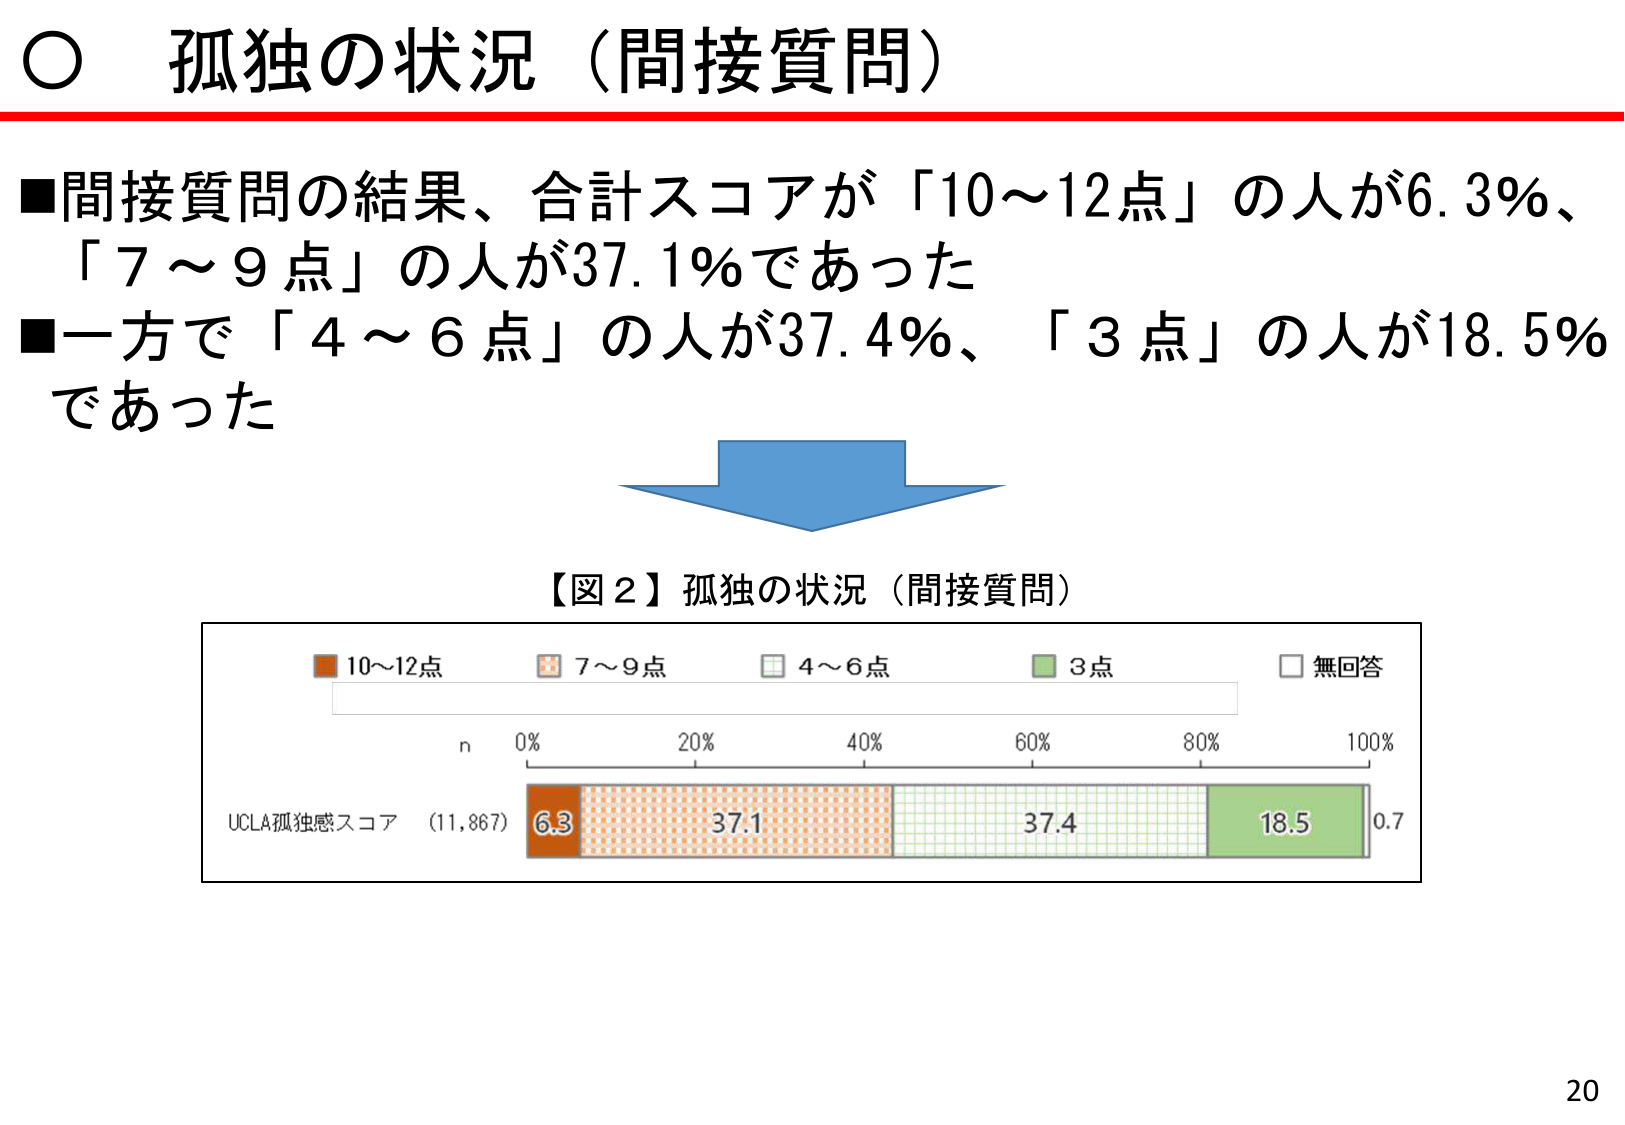
○ 孤独の状況（間接質問）

■間接質問の結果、合計スコアが「10～12点」の人が6.3％、「7～9点」の人が37.1％であった
■一方で「4～6点」の人が37.4％、「3点」の人が18.5％であった

【図2】孤独の状況（間接質問）

■ 10～12点
■ 7～9点
■ 4～6点
■ 3点
■ 無回答

n
0% 20% 40% 60% 80% 100%

UCLA孤独感スコア (11,867)
6.3 37.1 37.4 18.5 0.7

20